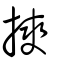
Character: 摤